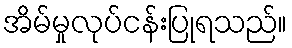
အိမ်မှုလုပ်ငန်းပြုရသည်။